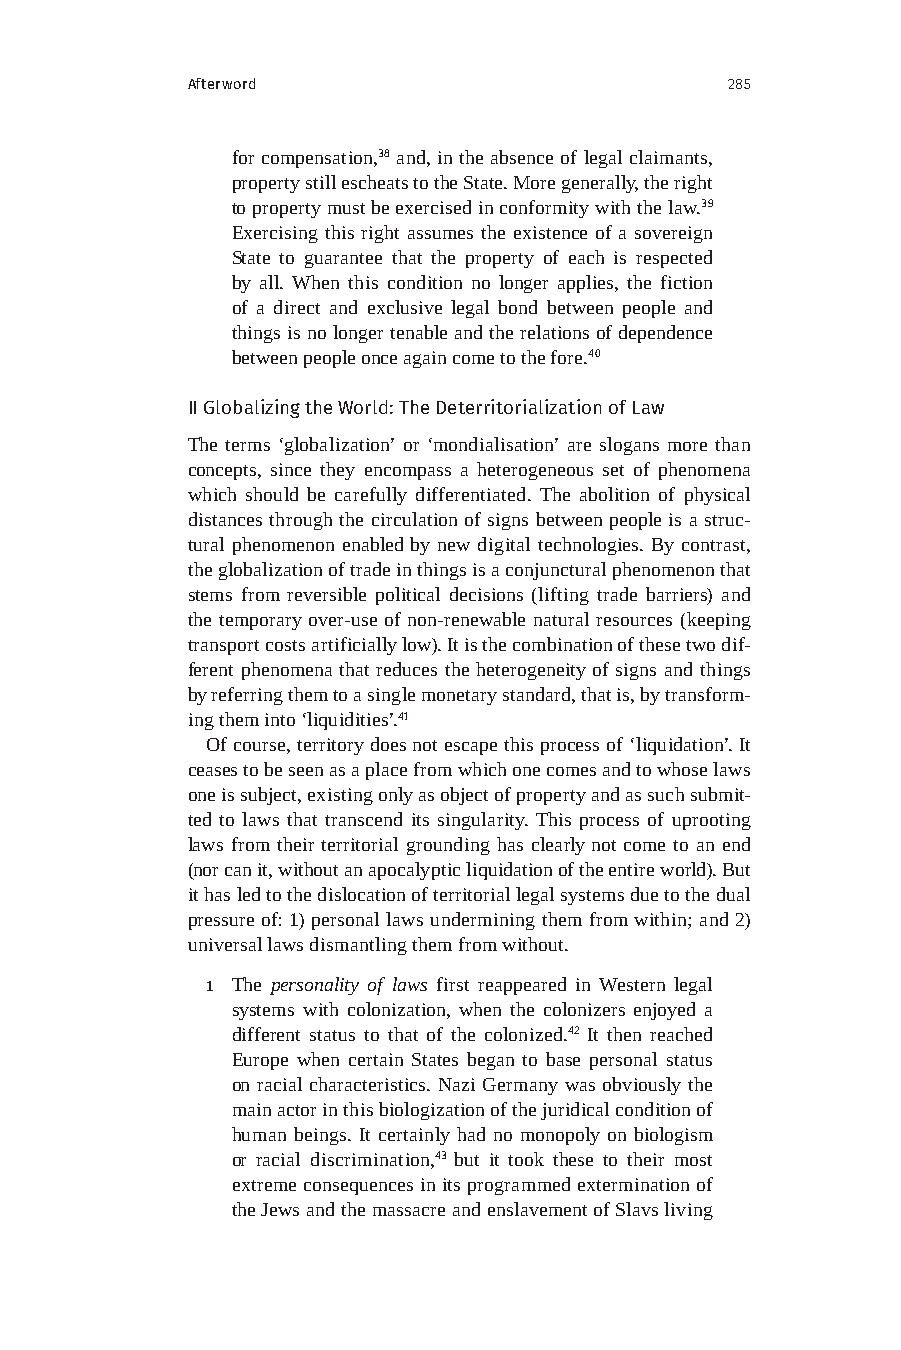
Afterword                           285
 for compensation,38 and, in the absence of legal claimants,
 property still escheats to the State. More generally, the right
 to property must be exercised in conformity with the law.39
 Exercising this right assumes the existence of a sovereign
 State to guarantee that the property of each is respected
 by all. When this condition no longer applies, the fiction
 of a direct and exclusive legal bond between people and
 things is no longer tenable and the relations of dependence
 between people once again come to the fore.40
 II Globalizing the World: The Deterritorialization of Law
 The terms ‘globalization’ or ‘mondialisation’ are slogans more than
 concepts, since they encompass a heterogeneous set of phenomena
 which should be carefully differentiated. The abolition of physical
 distances through the circulation of signs between people is a struc-
 tural phenomenon enabled by new digital technologies. By contrast,
 the globalization of trade in things is a conjunctural phenomenon that
 stems from reversible political decisions (lifting trade barriers) and
 the temporary over-use of non-renewable natural resources (keeping
 transport costs artificially low). It is the combination of these two dif-
 ferent phenomena that reduces the heterogeneity of signs and things
 by referring them to a single monetary standard, that is, by transform-
 ing them into ‘liquidities’.41
 Of course, territory does not escape this process of ‘liquidation’. It
 ceases to be seen as a place from which one comes and to whose laws
 one is subject, existing only as object of property and as such submit-
 ted to laws that transcend its singularity. This process of uprooting
 laws from their territorial grounding has clearly not come to an end
 (nor can it, without an apocalyptic liquidation of the entire world). But
 it has led to the dislocation of territorial legal systems due to the dual
 pressure of: 1) personal laws undermining them from within; and 2)
 universal laws dismantling them from without.
 1 The personality of laws first reappeared in Western legal
 systems with colonization, when the colonizers enjoyed a
 different status to that of the colonized.42 It then reached
 Europe when certain States began to base personal status
 on racial characteristics. Nazi Germany was obviously the
 main actor in this biologization of the juridical condition of
 human beings. It certainly had no monopoly on biologism
 or racial discrimination,43 but it took these to their most
 extreme consequences in its programmed extermination of
 the Jews and the massacre and enslavement of Slavs living